Report of the Indian Hemp Drugs Commission, 1894-1895 - Volume II
Year: 1894
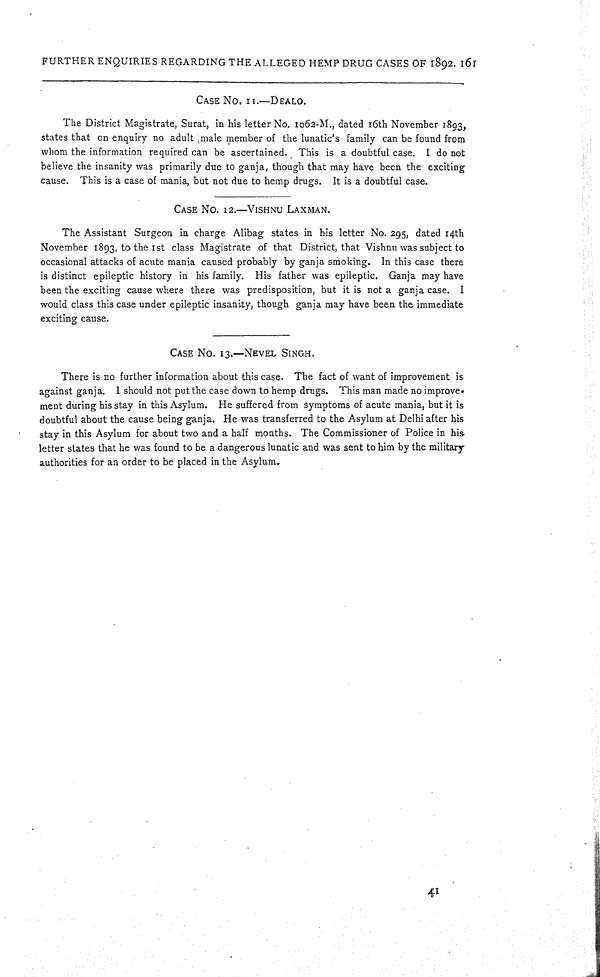
FURTHER ENQUIRIES REGARDING THE ALLEGED HEMP DRUG CASES OF 1892. 161
CASE NO. 11.—DEALO.
The District Magistrate, Surat, in his letter No. 1062-M., dated 16th November 1893,
states that on enquiry no adult male member of the lunatic's family can be found from
whom the information required can be ascertained. This is a doubtful case. I do not
believe the insanity was primarily due to ganja, though that may have been the exciting
cause. This is a case of mania, but not due to hemp drugs. It is a doubtful case.
CASE NO. 12.—VISHNU LAXMAN.
The Assistant Surgeon in charge Alibag states in his letter No. 295, dated 14th
November 1893, to the 1st class Magistrate of that District, that Vishnu was subject to
occasional attacks of acute mania caused probably by ganja smoking. In this case there
is distinct epileptic history in his family. His father was epileptic. Ganja may have
been the exciting cause where there was predisposition, but it is not a ganja case. I
would class this case under epileptic insanity, though ganja may have been the immediate
exciting cause.
CASE NO. 13.—NEVEL. SINGH.
There is no further information about this case. The fact of want of improvement is
against ganja. I should not put the case down to hemp drugs. This man made no improve-
ment during his stay in this Asylum. He suffered from symptoms of acute mania, but it is
doubtful about the cause being ganja. He was transferred to the Asylum at Delhi after his
stay in this Asylum for about two and a half months. The Commissioner of Police in his
letter states that he was found to be a dangerous lunatic and was sent to him by the military
authorities for an order to be placed in the Asylum.
41